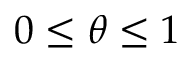
0 \leq \theta \leq 1